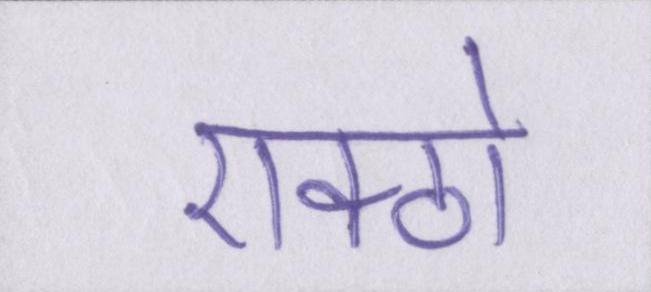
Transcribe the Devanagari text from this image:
एक्ठो